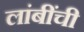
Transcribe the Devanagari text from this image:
लांबींची